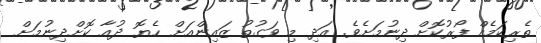
ތެރިކަމެއް ފޯރުކޮށް ދިނުމަށެވެ. އަދި މި ވަގުތު ޒައިންއަށް ހެޔޮ ދުއާ ކޮށްދިނުމަށް